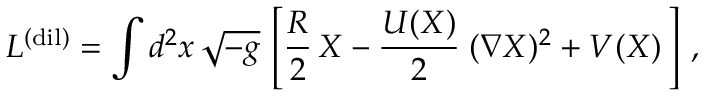
L ^ { \mathrm { ( d i l ) } } = \int d ^ { 2 } x \, \sqrt { - g } \, \left[ \frac { R } { 2 } \, X - \frac { U ( X ) } { 2 } \; ( \nabla X ) ^ { 2 } + V ( X ) \, \right] \, ,